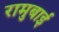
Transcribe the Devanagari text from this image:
रामुबाई